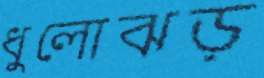
ধুলোঝড়